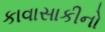
કાવાસાકીનો